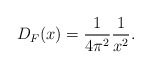
\begin{align*}D_{F}(x)=\frac{1}{4\pi^{2}}\frac{1}{x^{2}}.\end{align*}